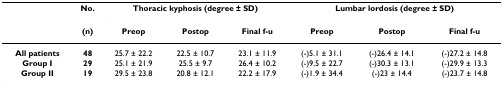
<table><thead><tr><td></td><td><b>No.</b></td><td colspan="3"><b>Thoracic kyphosis (degree ± SD)</b></td><td colspan="3"><b>Lumbar lordosis (degree ± SD)</b></td></tr><tr><td></td><td><b>(n)</b></td><td><b>Preop</b></td><td><b>Postop</b></td><td><b>Final f-u</b></td><td><b>Preop</b></td><td><b>Postop</b></td><td><b>Final f-u</b></td></tr></thead><tbody><tr><td><b>All patients</b></td><td><b>48</b></td><td>25.7 ± 22.2</td><td>22.5 ± 10.7</td><td>23.1 ± 11.9</td><td>(-)5.1 ± 31.1</td><td>(-)26.4 ± 14.1</td><td>(-)27.2 ± 14.8</td></tr><tr><td><b>Group I</b></td><td><b>29</b></td><td>25.1 ± 21.9</td><td>25.5 ± 9.7</td><td>26.4 ± 10.2</td><td>(-)9.5 ± 22.7</td><td>(-)30.3 ± 13.1</td><td>(-)29.9 ± 13.3</td></tr><tr><td><b>Group II</b></td><td><b>19</b></td><td>29.5 ± 23.8</td><td>20.8 ± 12.1</td><td>22.2 ± 17.9</td><td>(-)1.9 ± 34.4</td><td>(-)23 ± 14.4</td><td>(-)23.7 ± 14.8</td></tr></tbody></table>